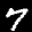
Label: 7